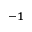
^ { - 1 }